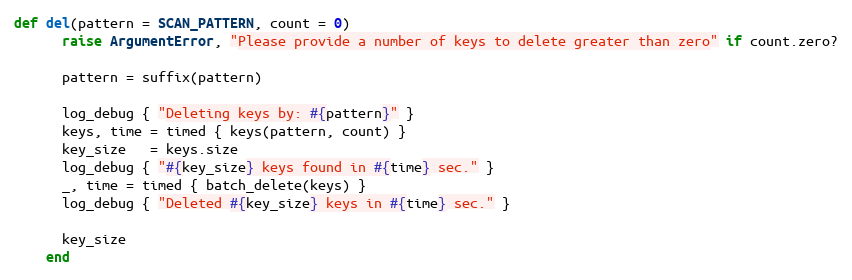
Language: Ruby
def del(pattern = SCAN_PATTERN, count = 0)
      raise ArgumentError, "Please provide a number of keys to delete greater than zero" if count.zero?

      pattern = suffix(pattern)

      log_debug { "Deleting keys by: #{pattern}" }
      keys, time = timed { keys(pattern, count) }
      key_size   = keys.size
      log_debug { "#{key_size} keys found in #{time} sec." }
      _, time = timed { batch_delete(keys) }
      log_debug { "Deleted #{key_size} keys in #{time} sec." }

      key_size
    end